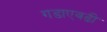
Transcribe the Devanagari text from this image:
गडाएवढी